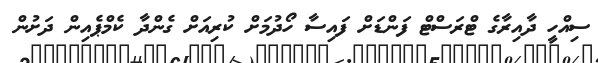
ސިއްހީ ދާއިރާގެ ޓްރަސްޓް ފަންޑަށް ފައިސާ ހޯދުމަށް ކުރިއަށް ގެންދާ ކެމްޕެއިން ދަށުން